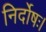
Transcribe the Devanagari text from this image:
निर्दोषः।